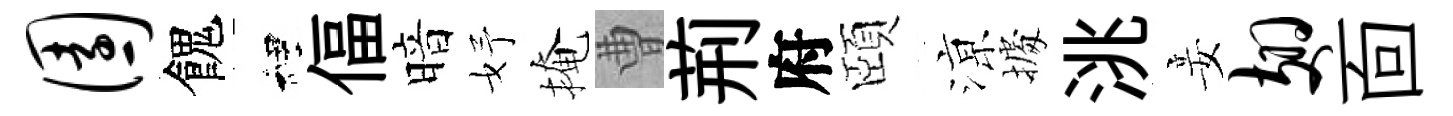
园餽裡偪暗妤掩曹荊府頤鿌𢴃洮妾翅靣